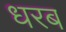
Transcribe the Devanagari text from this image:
धरब